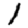
Digit: 1